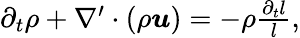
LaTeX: \begin{array}{r}{\partial_{t}\rho+\nabla^{\prime}\cdot\left(\rho\boldsymbol{u}\right)=-\rho\frac{\partial_{t}l}{l},}\end{array}